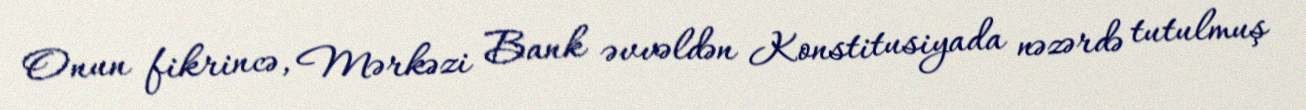
Onun fikrincə, Mərkəzi Bank əvvəldən Konstitusiyada nəzərdə tutulmuş